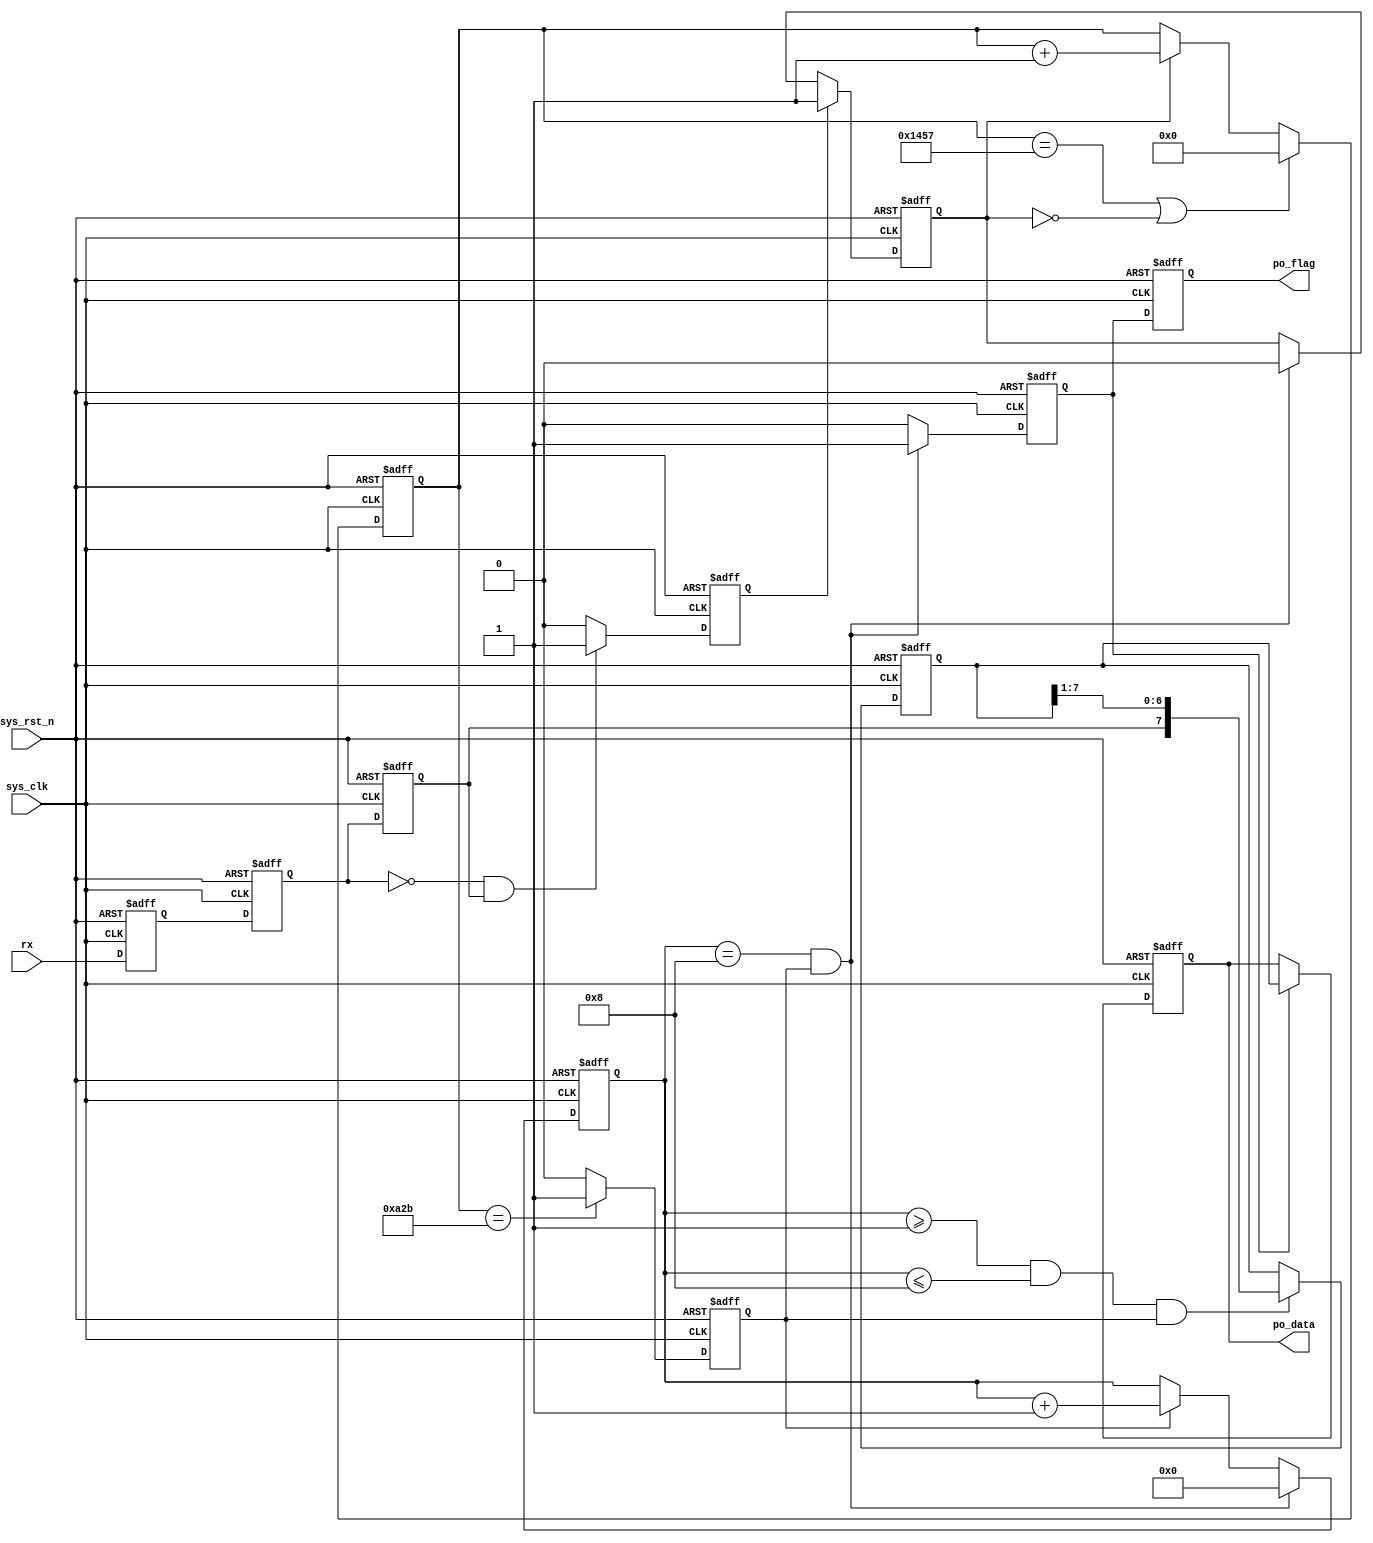
//*********************************************************************
//* ASIC Fresh Board                                                   *
//*  Malogic uart                                                     *
//*  Top File : uart.v                                                *
//*  Author: abdelazeem                                               *
//*  Revision 0.1                                                     *
//*  Date     2024/01/26                                              *
//*  Email : a.abdelazeem201@gmail.com                                * 
//*********************************************************************
`timescale  1ns/1ns


module  uart_rx
#(
    parameter   UART_BPS    =   'd9600,        
    parameter   CLK_FREQ    =   'd50_000_000   
)
(
    input   wire            sys_clk     ,  
    input   wire            sys_rst_n   ,  
    input   wire            rx          ,  
                                           
    output  reg     [7:0]   po_data     ,  
    output  reg             po_flag        
);


localparam  BAUD_CNT_MAX    =   CLK_FREQ/UART_BPS   ;
 
reg         rx_reg1     ;
reg         rx_reg2     ;
reg         rx_reg3     ;
reg         start_nedge ;
reg         work_en     ;
reg [12:0]  baud_cnt    ;
reg         bit_flag    ;
reg [3:0]   bit_cnt     ;
reg [7:0]   rx_data     ;
reg         rx_flag     ;

always@(posedge sys_clk or negedge sys_rst_n)
    if(sys_rst_n == 1'b0)
        rx_reg1 <= 1'b1;
    else
        rx_reg1 <= rx;


always@(posedge sys_clk or negedge sys_rst_n)
    if(sys_rst_n == 1'b0)
        rx_reg2 <= 1'b1;
    else
        rx_reg2 <= rx_reg1;

always@(posedge sys_clk or negedge sys_rst_n)
    if(sys_rst_n == 1'b0)
        rx_reg3 <= 1'b1;
    else
        rx_reg3 <= rx_reg2;


always@(posedge sys_clk or negedge sys_rst_n)
    if(sys_rst_n == 1'b0)
        start_nedge <= 1'b0;
    else    if((~rx_reg2) && (rx_reg3))
        start_nedge <= 1'b1;
    else
        start_nedge <= 1'b0;


always@(posedge sys_clk or negedge sys_rst_n)
    if(sys_rst_n == 1'b0)
        work_en <= 1'b0;
    else    if(start_nedge == 1'b1)
        work_en <= 1'b1;
    else    if((bit_cnt == 4'd8) && (bit_flag == 1'b1))
        work_en <= 1'b0;


always@(posedge sys_clk or negedge sys_rst_n)
    if(sys_rst_n == 1'b0)
        baud_cnt <= 13'b0;
    else    if((baud_cnt == BAUD_CNT_MAX - 1) || (work_en == 1'b0))
        baud_cnt <= 13'b0;
    else    if(work_en == 1'b1)
        baud_cnt <= baud_cnt + 1'b1;


always@(posedge sys_clk or negedge sys_rst_n)
    if(sys_rst_n == 1'b0)
        bit_flag <= 1'b0;
    else    if(baud_cnt == BAUD_CNT_MAX/2 - 1)
        bit_flag <= 1'b1;
    else
        bit_flag <= 1'b0;


always@(posedge sys_clk or negedge sys_rst_n)
    if(sys_rst_n == 1'b0)
        bit_cnt <= 4'b0;
    else    if((bit_cnt == 4'd8) && (bit_flag == 1'b1))
        bit_cnt <= 4'b0;
     else    if(bit_flag ==1'b1)
         bit_cnt <= bit_cnt + 1'b1;


always@(posedge sys_clk or negedge sys_rst_n)
    if(sys_rst_n == 1'b0)
        rx_data <= 8'b0;
    else    if((bit_cnt >= 4'd1)&&(bit_cnt <= 4'd8)&&(bit_flag == 1'b1))
        rx_data <= {rx_reg3, rx_data[7:1]};


always@(posedge sys_clk or negedge sys_rst_n)
    if(sys_rst_n == 1'b0)
        rx_flag <= 1'b0;
    else    if((bit_cnt == 4'd8) && (bit_flag == 1'b1))
        rx_flag <= 1'b1;
    else
        rx_flag <= 1'b0;


always@(posedge sys_clk or negedge sys_rst_n)
    if(sys_rst_n == 1'b0)
        po_data <= 8'b0;
    else    if(rx_flag == 1'b1)
        po_data <= rx_data;


always@(posedge sys_clk or negedge sys_rst_n)
    if(sys_rst_n == 1'b0)
        po_flag <= 1'b0;
    else
        po_flag <= rx_flag;

endmodule